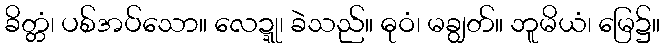
ခိတ္တံ၊ ပစ်အပ်သော။ လေဍ္ဍု၊ ခဲသည်။ ဓုဝံ၊ မချွတ်။ ဘူမိယံ၊ မြေ၌။